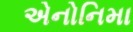
એનોનિમા